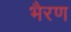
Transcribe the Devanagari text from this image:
भैरण